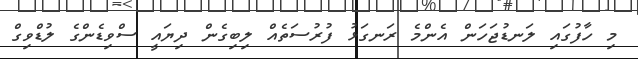
މި ހާފުގައި ލަނޑުޖަހަން އެންމެ ރަނގަޅު ފުރުސަތެއް ލިބިގެން ދިޔައީ ސްވިޑެންގެ ލުޑްވިގް